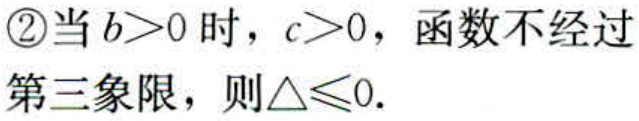
\textcircled{2}当\(b>0\)时，\(c>0\)，函数不经过
第三象限，则\(\triangle\leqslant0\).